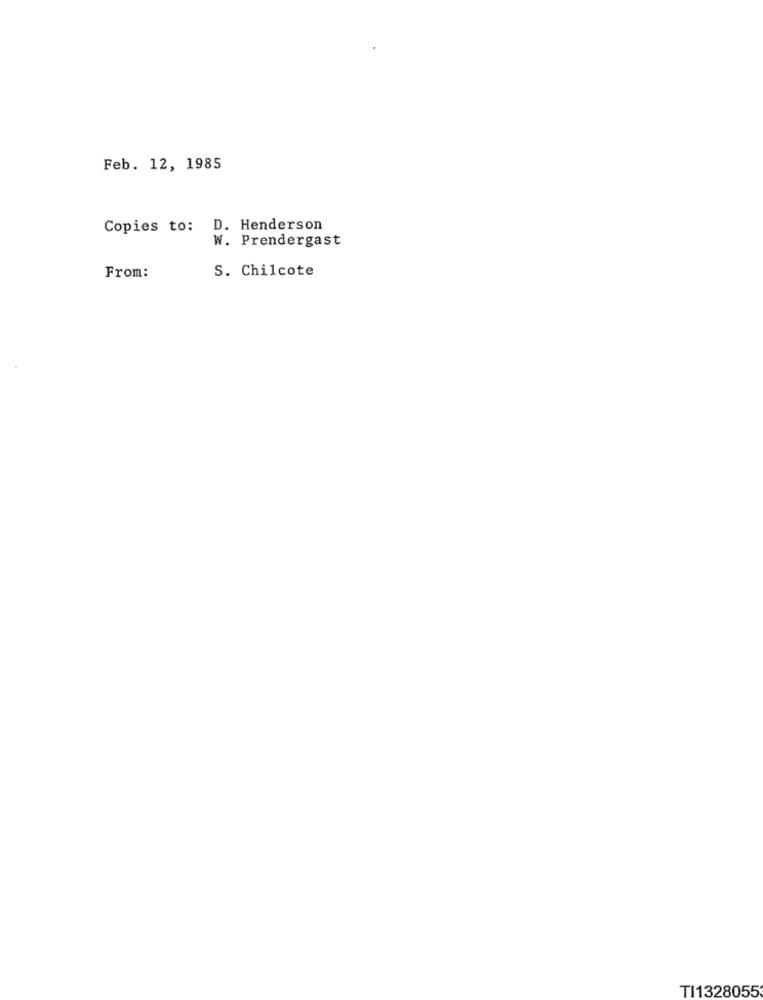
Feb. 12, 1985
Copies to: D. Henderson
W. Prendergast
S. Chilcote
From:
TI1328055